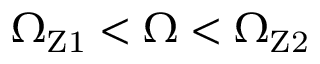
\Omega _ { \mathrm { { Z 1 } } } < \Omega < \Omega _ { \mathrm { { Z 2 } } }